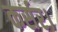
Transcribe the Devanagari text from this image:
कर्सर।